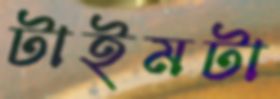
টাইমটা